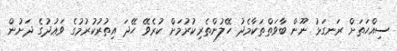
ސިއްޙަތަށް ރަނގަޅު ނޫން ބާވަތްތަކާމެދު ހޭލުންތެރިކުރުމަށް ކުރެވޭ ހޭދަ އިތުރުކުރުމުގެ ވަޢުދުގެ ދަށުން